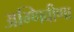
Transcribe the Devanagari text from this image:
अग्णिवीणा